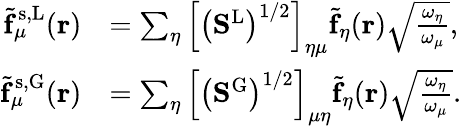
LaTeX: \begin{array}{rl}{\tilde{\mathbf{f}}_{\mu}^{\mathrm{s,L}}(\mathbf{r})}&{=\sum_{\eta}\left[\left(\mathbf{S}^{\mathrm{L}}\right)^{1/2}\right]_{\eta\mu}\tilde{\mathbf{f}}_{\eta}(\mathbf{r})\sqrt{\frac{\omega_{\eta}}{\omega_{\mu}}},}\\ {\tilde{\mathbf{f}}_{\mu}^{\mathrm{s,G}}(\mathbf{r})}&{=\sum_{\eta}\left[\left(\mathbf{S}^{\mathrm{G}}\right)^{1/2}\right]_{\mu\eta}\tilde{\mathbf{f}}_{\eta}(\mathbf{r})\sqrt{\frac{\omega_{\eta}}{\omega_{\mu}}}.}\end{array}